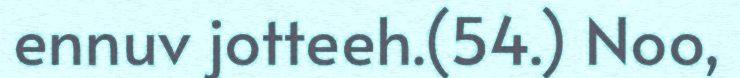
ennuv jotteeh.(54.) Noo,